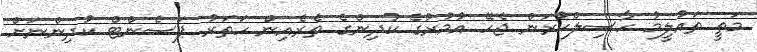
މަތީ ތައުލީމު ހާސިލްކުރަން ޖެހޭ އުމުރުގެ ކުދިންގެ ތެރެއިން ހަތަރު ޕަސެންޓް ކުދިންނަށް